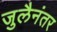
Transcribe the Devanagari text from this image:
जुलैनंतर